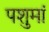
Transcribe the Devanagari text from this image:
पशुमां